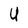
Character: U